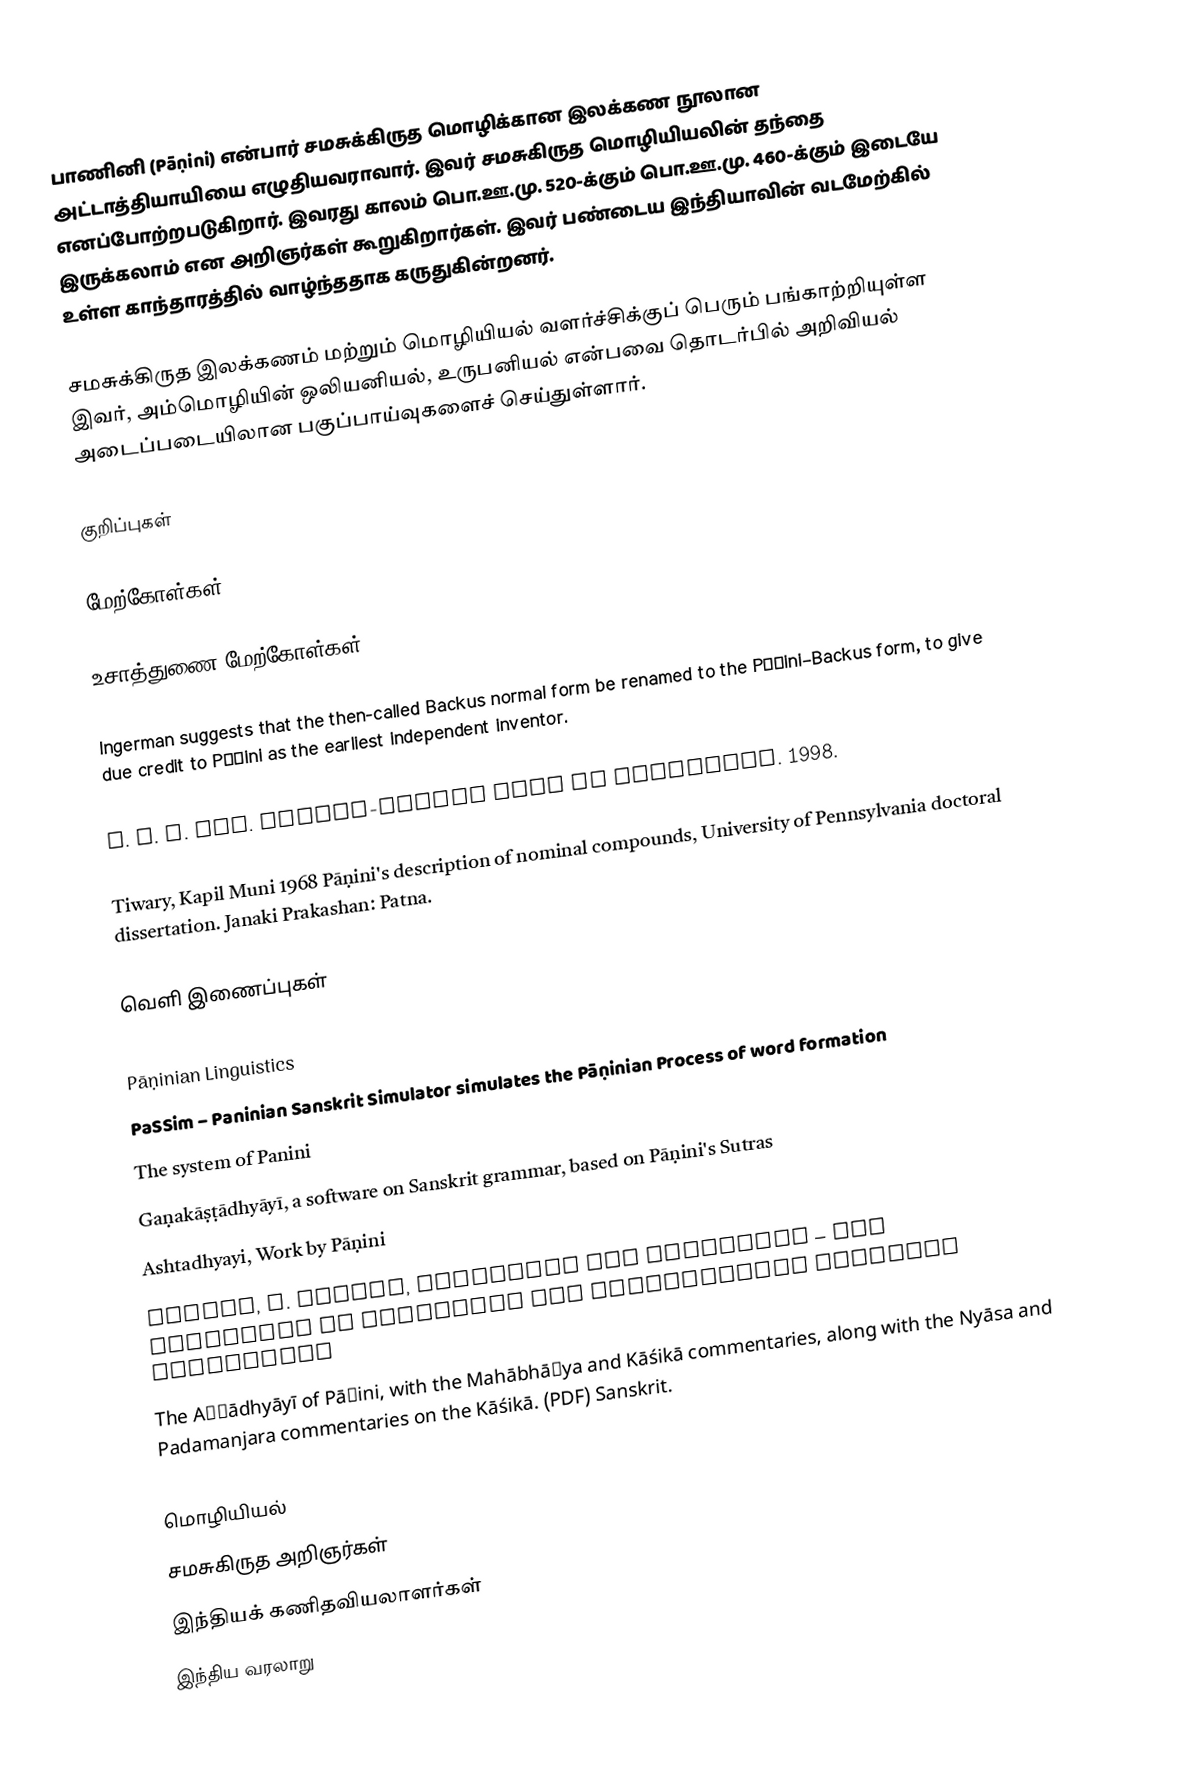
பாணினி (Pāṇini) என்பார் சமசுக்கிருத மொழிக்கான இலக்கண நூலான அட்டாத்தியாயியை எழுதியவராவார். இவர் சமசுகிருத மொழியியலின் தந்தை எனப்போற்றபடுகிறார். இவரது காலம் பொ.ஊ.மு. 520-க்கும் பொ.ஊ.மு. 460-க்கும் இடையே இருக்கலாம் என அறிஞர்கள் கூறுகிறார்கள். இவர் பண்டைய இந்தியாவின் வடமேற்கில் உள்ள காந்தாரத்தில் வாழ்ந்ததாக கருதுகின்றனர்.

சமசுக்கிருத இலக்கணம் மற்றும் மொழியியல் வளர்ச்சிக்குப் பெரும் பங்காற்றியுள்ள இவர், அம்மொழியின் ஒலியனியல், உருபனியல் என்பவை தொடர்பில் அறிவியல் அடைப்படையிலான பகுப்பாய்வுகளைச் செய்துள்ளார்.

குறிப்புகள்

மேற்கோள்கள்

உசாத்துணை மேற்கோள்கள்

 Ingerman suggests that the then-called Backus normal form be renamed to the Pāṇini–Backus form, to give due credit to Pāṇini as the earliest independent inventor.

T. R. N. Rao. Pāṇini-backus form of languages. 1998.

Tiwary, Kapil Muni 1968 Pāṇini's description of nominal compounds, University of Pennsylvania doctoral dissertation. Janaki Prakashan: Patna.

வெளி இணைப்புகள்

Pāṇinian Linguistics
PaSSim – Paninian Sanskrit Simulator simulates the Pāṇinian Process of word formation
The system of Panini
Gaṇakāṣṭādhyāyī, a software on Sanskrit grammar, based on Pāṇini's Sutras
 Ashtadhyayi, Work by Pāṇini
Forizs, L. Pāṇini, Nāgārjuna and Whitehead – The Relevance of Whitehead for Contemporary Buddhist Philosophy
The Aṣṭādhyāyī of Pāṇini, with the Mahābhāṣya and Kāśikā commentaries, along with the Nyāsa and Padamanjara commentaries on the Kāśikā. (PDF) Sanskrit.

மொழியியல்
சமசுகிருத அறிஞர்கள்
இந்தியக் கணிதவியலாளர்கள்
இந்திய வரலாறு